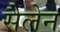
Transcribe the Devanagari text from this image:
सैलेन